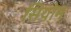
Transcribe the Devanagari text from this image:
सियोम